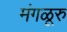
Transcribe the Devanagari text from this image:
मंगळूरु